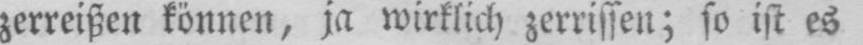
zerreißen können, ja wirklich zerrissen; so ist es